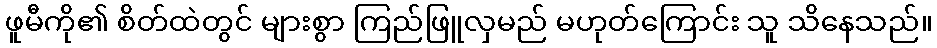
ဖူမီကို၏ စိတ်ထဲတွင် များစွာ ကြည်ဖြူလှမည် မဟုတ်ကြောင်း သူ သိနေသည်။